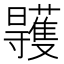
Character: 𣌏